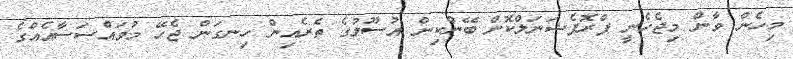
މިހެން ވާން މިޖެހެނީ ޕްރޮފެޝަނަލްކޮށް ބޭންކިން އުސޫލުގެ ތެރެއިން ހިނގަން ޖެހޭ މުވައްސަސާއެއްގެ